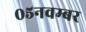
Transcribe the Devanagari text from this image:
०५नवम्बर